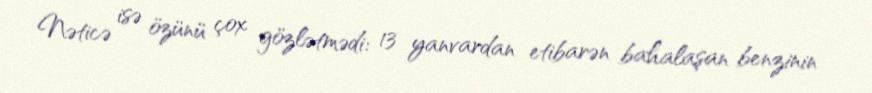
Nəticə isə özünü çox gözlətmədi: 13 yanvardan etibarən bahalaşan benzinin